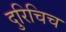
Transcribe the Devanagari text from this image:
दुरिचिच